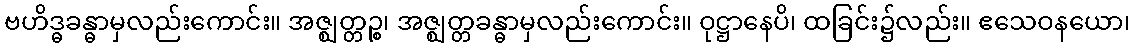
ဗဟိဒ္ဓခန္ဓာမှလည်းကောင်း။ အဇ္ဈတ္တဉ္စ၊ အဇ္ဈတ္တခန္ဓာမှလည်းကောင်း။ ဝုဋ္ဌာနေပိ၊ ထခြင်း၌လည်း။ ဧသေဝနယော၊